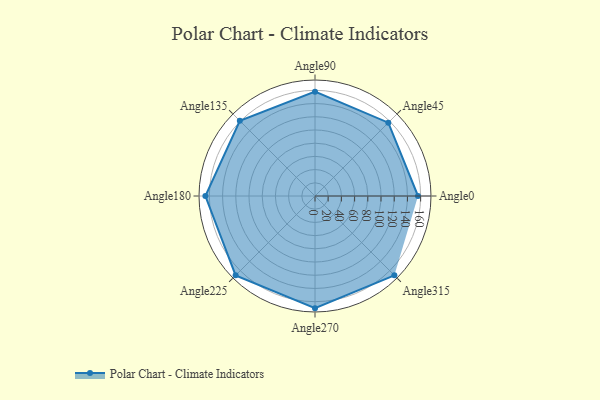
{"axis": {"x": "Angle", "y": "Radius"}, "legend": [""], "data": [{"x": "Angle0", "y": 156.0, "type": ""}, {"x": "Angle45", "y": 157.0, "type": ""}, {"x": "Angle90", "y": 158.0, "type": ""}, {"x": "Angle135", "y": 161.0, "type": ""}, {"x": "Angle180", "y": 166.0, "type": ""}, {"x": "Angle225", "y": 170, "type": ""}, {"x": "Angle270", "y": 170, "type": ""}, {"x": "Angle315", "y": 170, "type": ""}]}